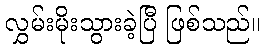
လွှမ်းမိုးသွားခဲ့ပြီ ဖြစ်သည်။